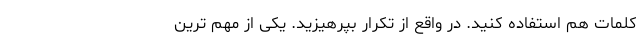
کلمات هم استفاده کنید. در واقع از تکرار بپرهیزید. یکی از مهم ترین